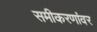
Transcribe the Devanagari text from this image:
समीकरणांवर